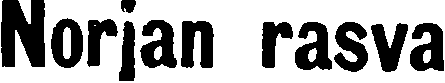
Norjan rasva